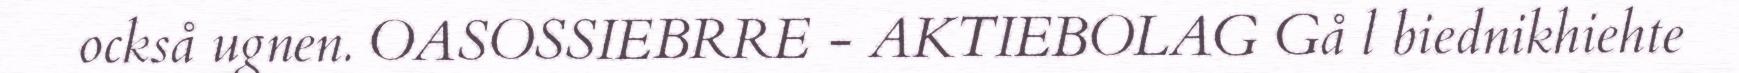
också ugnen. OASOSSIEBRRE - AKTIEBOLAG Gå l biednikhiehte